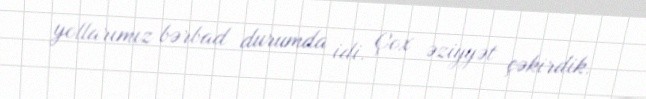
yollarımız bərbad durumda idi. Çox əziyyət çəkirdik.